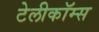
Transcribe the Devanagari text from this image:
टेलीकॉम्स